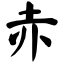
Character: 赤